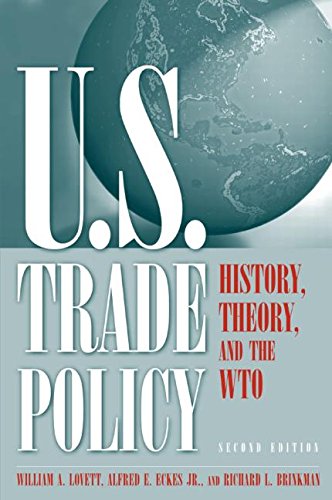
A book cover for U.S. Trade Policy: History, Theory, and the WTO; William A. Lovett; Business & Money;